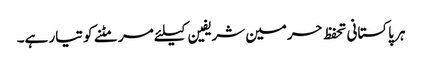
ہر پاکستانی تحفظ حرمین شریفین کیلئے مر مٹنے کو تیار ہے۔